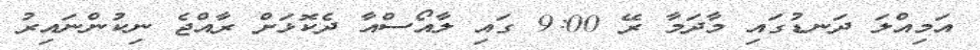
އަމިއްލަ ދަނޑުގައި މާދަމާ ރޭ 9:00 ގައި ލާއޯސްއާ ދެކޮޅަށް ރާއްޖެ ނިކުންނައިރު